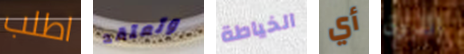
اطلب وتعتقد الخياطة أي الذوق